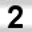
Digit: 2